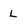
Character: L